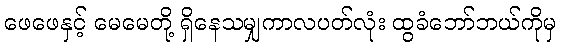
ဖေဖေနှင့် မေမေတို့ ရှိနေသမျှကာလပတ်လုံး ထွခံဘော်ဘယ်ကိုမှ